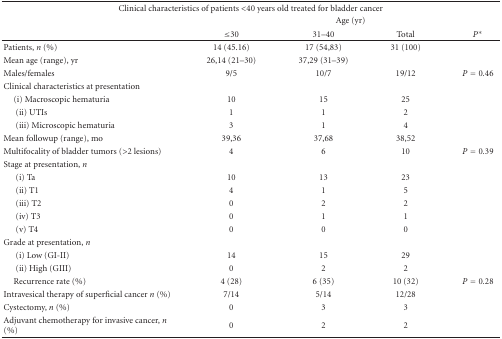
| <COLSPAN=5> Clinical characteristics of patients <40 years old treated for bladder cancer |
 |  | <COLSPAN=4> Age (yr) |
 |  | ≤30 | 31–40 | Total | P* |
 | --- | --- | --- | --- | --- |
 | Patients, n (%) | 14 (45.16) | 17 (54,83) | 31 (100) |  |
 | Mean age (range), yr | 26,14 (21–30) | 37,29 (31–39) |  |  |
 | Males/females | 9/5 | 10/7 | 19/12 | P = 0.46 |
 | Clinical characteristics at presentation |  |  |  |  |
 | (i) Macroscopic hematuria | 10 | 15 | 25 |  |
 | (ii) UTIs | 1 | 1 | 2 |  |
 | (iii) Microscopic hematuria | 3 | 1 | 4 |  |
 | Mean followup (range), mo | 39,36 | 37,68 | 38,52 |  |
 | Multifocality of bladder tumors (>2 lesions) | 4 | 6 | 10 | P = 0.39 |
 | Stage at presentation, n |  |  |  |  |
 | (i) Ta | 10 | 13 | 23 |  |
 | (ii) T1 | 4 | 1 | 5 |  |
 | (iii) T2 | 0 | 2 | 2 |  |
 | (iv) T3 | 0 | 1 | 1 |  |
 | (v) T4 | 0 | 0 | 0 |  |
 | Grade at presentation, n |  |  |  |  |
 | (i) Low (GI-II) | 14 | 15 | 29 |  |
 | (ii) High (GIII) | 0 | 2 | 2 |  |
 | Recurrence rate (%) | 4 (28) | 6 (35) | 10 (32) | P = 0.28 |
 | Intravesical therapy of superficial cancer n (%) | 7/14 | 5/14 | 12/28 |  |
 | Cystectomy, n (%) | 0 | 3 | 3 |  |
 | Adjuvant chemotherapy for invasive cancer, n (%) | 0 | 2 | 2 |  |